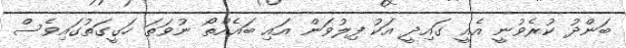
ބަންދު ކުރެވުނީ އެއީ ގައިދީ އަކު ފިލުވަން އައި ބައެއްތޯ ނުވަތަ ހަގީގަތުގައިވެސް